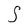
Character: S